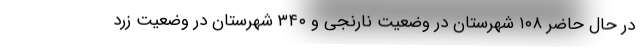
در حال حاضر ۱۰۸ شهرستان در وضعیت نارنجی و ۳۴۰ شهرستان در وضعیت زرد